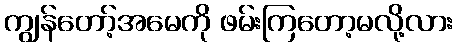
ကျွန်တော့်အမေကို ဖမ်းကြတော့မလို့လား